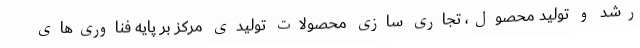
رشد و تولید محصول، تجاری سازی محصولات تولیدی مرکز بر پایه فناوری‌های